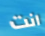
انت